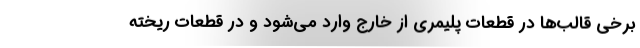
برخی قالب‌ها در قطعات پلیمری از خارج وارد می‌شود و در قطعات ریخته